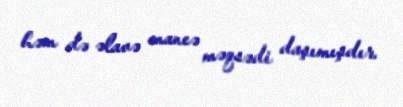
həm də əlavə maneə məqsədi daşımışdır.